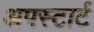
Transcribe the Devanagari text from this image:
अपस्टार्ट